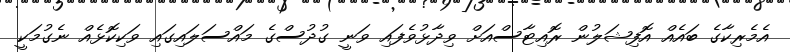
އެމެރިކާގެ ބައެއް އޮފިޝަލުން ރޮއިޓާސްއަށް ވިދާޅުވެފައި ވަަނީ ގުުދުސްގެ މައްސަލައިގައި ވަކިކޮޅެއް ނެގުމަކީ